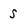
Character: s